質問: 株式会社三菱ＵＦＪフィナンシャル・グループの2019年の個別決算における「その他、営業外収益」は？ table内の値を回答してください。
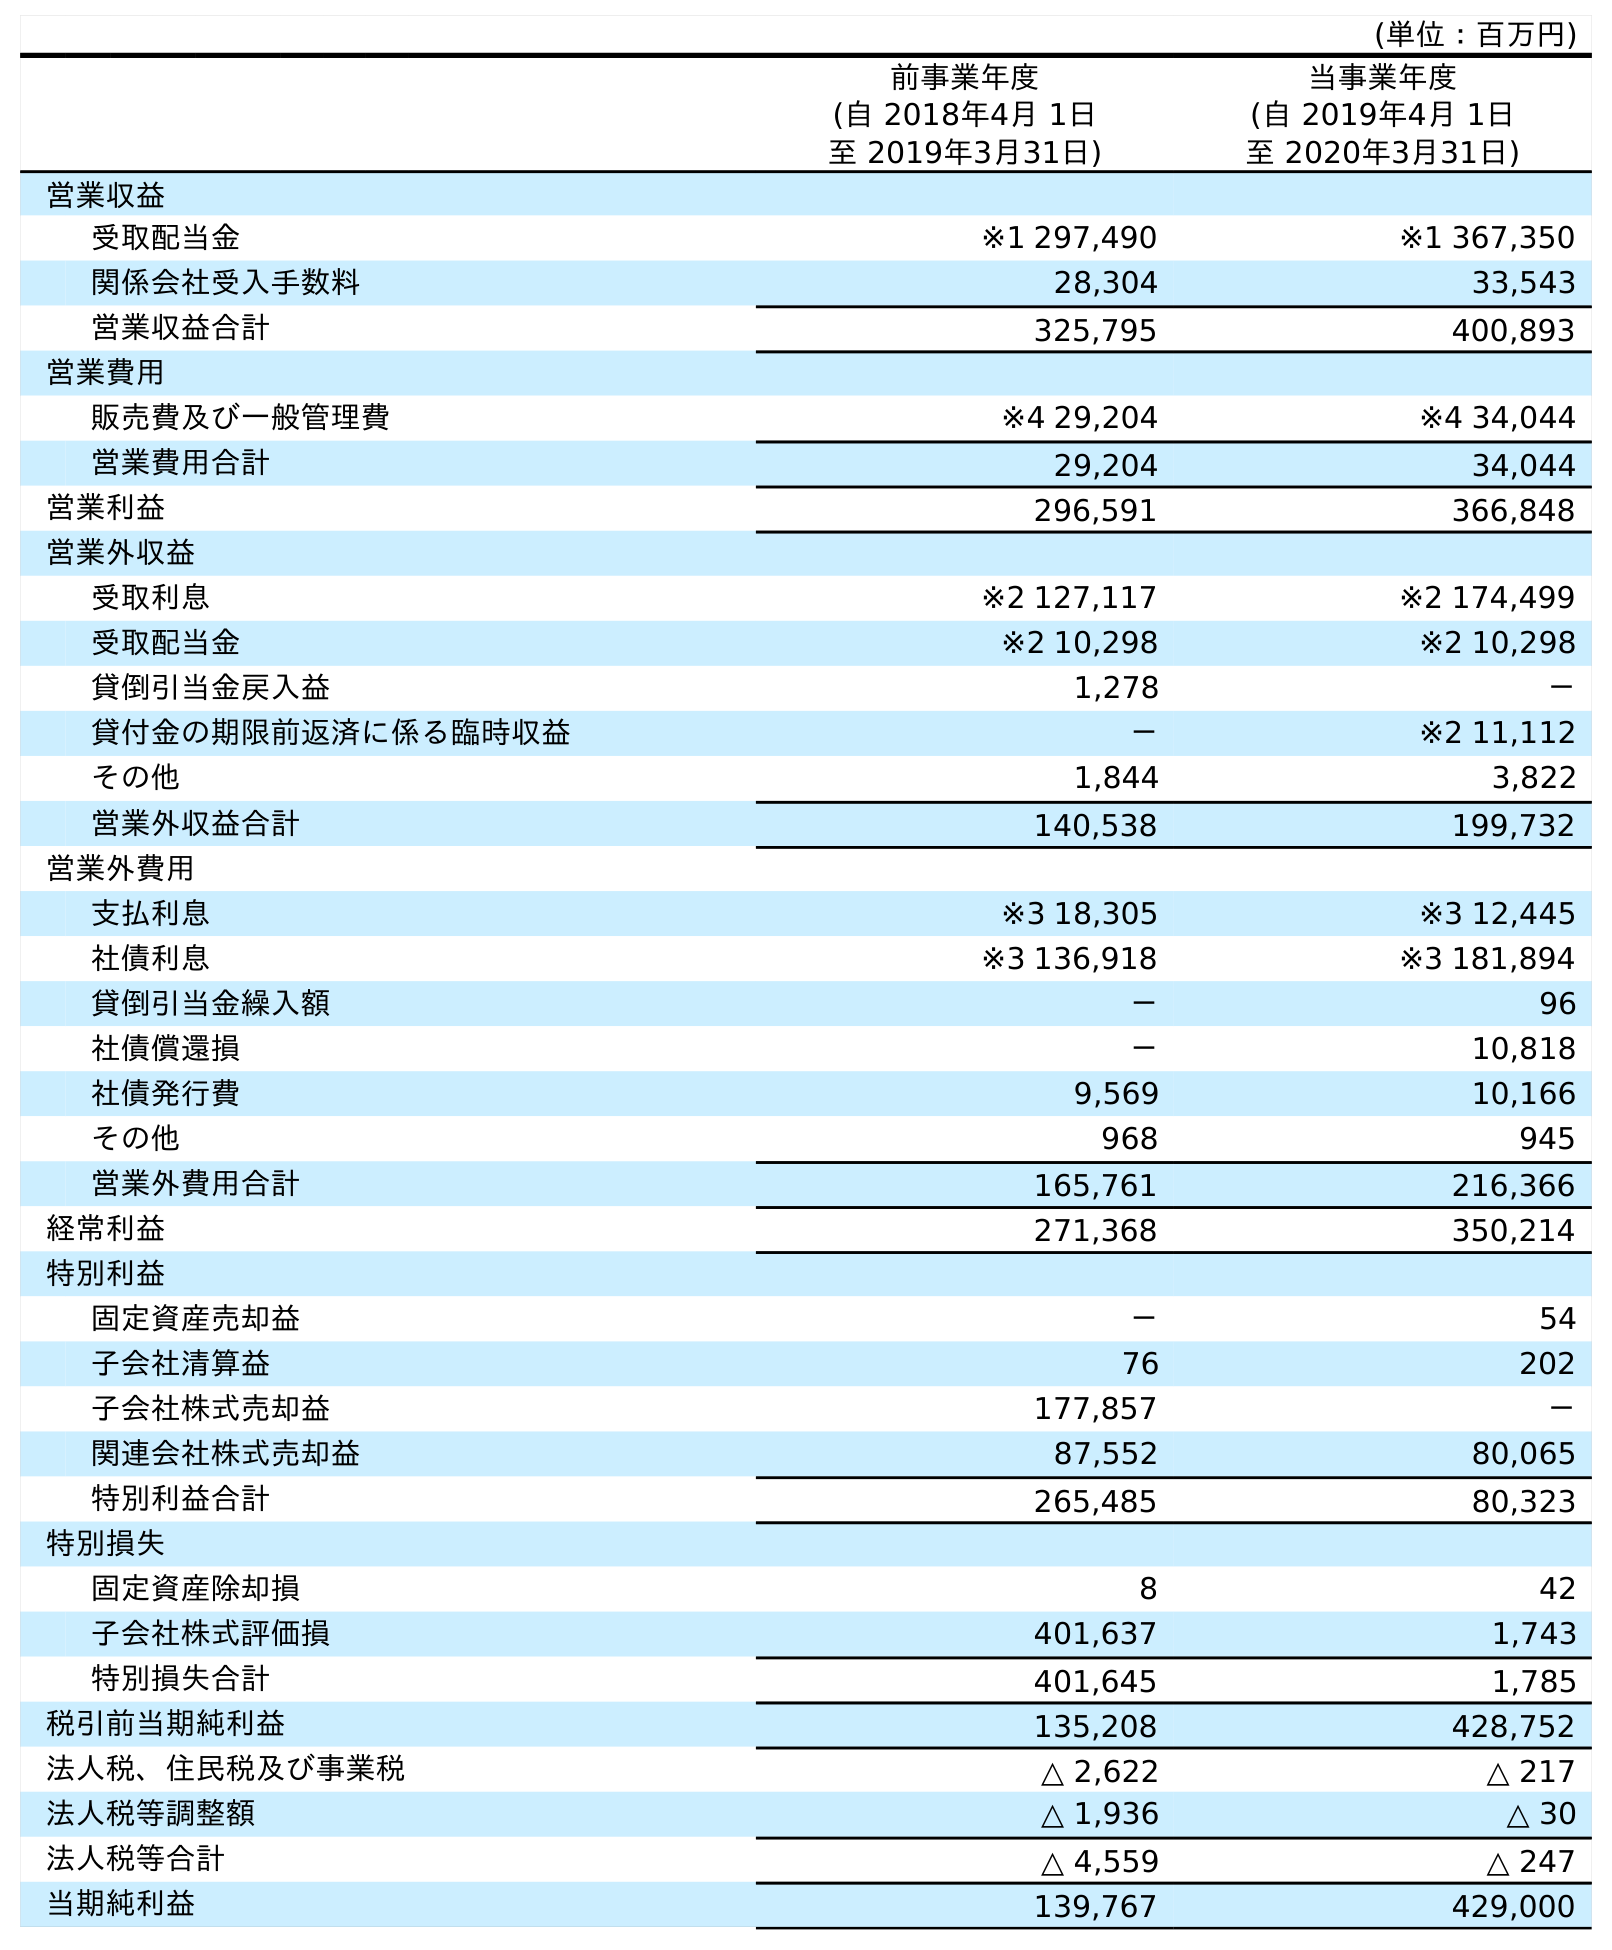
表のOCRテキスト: (単位：百万円) 前事業年度 (自 2018年4月 1日 至 2019年3月31日) 当事業年度 (自 2019年4月 1日 至 2020年3月31日) 営業収益 受取配当金 ※1 297,490 ※1 367,350 関係会社受入手数料 28,304 33,543 営業収益合計 325,795 400,893 営業費用 販売費及び一般管理費 ※4 29,204 ※4 34,044 営業費用合計 29,204 34,044 営業利益 296,591 366,848 営業外収益 受取利息 ※2 127,117 ※2 174,499 受取配当金 ※2 10,298 ※2 10,298 貸倒引当金戻入益 1,278 － 貸付金の期限前返済に係る臨時収益 － ※2 11,112 その他 1,844 3,822 営業外収益合計 140,538 199,732 営業外費用 支払利息 ※3 18,305 ※3 12,445 社債利息 ※3 136,918 ※3 181,894 貸倒引当金繰入額 － 96 社債償還損 － 10,818 社債発行費 9,569 10,166 その他 968 945 営業外費用合計 165,761 216,366 経常利益 271,368 350,214 特別利益 固定資産売却益 － 54 子会社清算益 76 202 子会社株式売却益 177,857 － 関連会社株式売却益 87,552 80,065 特別利益合計 265,485 80,323 特別損失 固定資産除却損 8 42 子会社株式評価損 401,637 1,743 特別損失合計 401,645 1,785 税引前当期純利益 135,208 428,752 法人税、住民税及び事業税 △ 2,622 △ 217 法人税等調整額 △ 1,936 △ 30 法人税等合計 △ 4,559 △ 247 当期純利益 139,767 429,000
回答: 1,844